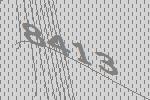
8413